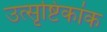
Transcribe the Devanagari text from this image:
उत्सृष्टिकांक